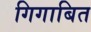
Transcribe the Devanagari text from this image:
गिगाबित